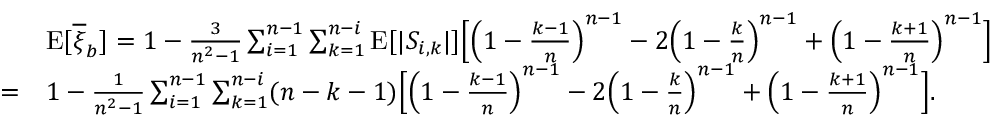
\begin{array} { r l } & { { \mathrm E } [ \overline { { \xi } } _ { b } ] = 1 - \frac { 3 } { n ^ { 2 } - 1 } \sum _ { i = 1 } ^ { n - 1 } \sum _ { k = 1 } ^ { n - i } { \mathrm E } [ \lvert S _ { i , k } \rvert ] \Big [ \Big ( 1 - \frac { k - 1 } { n } \Big ) ^ { n - 1 } - 2 \Big ( 1 - \frac { k } { n } \Big ) ^ { n - 1 } + \Big ( 1 - \frac { k + 1 } { n } \Big ) ^ { n - 1 } \Big ] } \\ { = } & { 1 - \frac { 1 } { n ^ { 2 } - 1 } \sum _ { i = 1 } ^ { n - 1 } \sum _ { k = 1 } ^ { n - i } ( n - k - 1 ) \Big [ \Big ( 1 - \frac { k - 1 } { n } \Big ) ^ { n - 1 } - 2 \Big ( 1 - \frac { k } { n } \Big ) ^ { n - 1 } + \Big ( 1 - \frac { k + 1 } { n } \Big ) ^ { n - 1 } \Big ] . } \end{array}